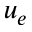
u _ { e }